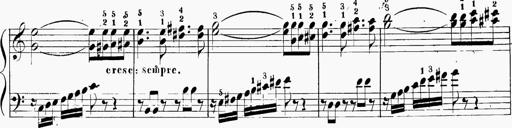
Title: 6 Sonatinas
Composer: Carl Reinecke